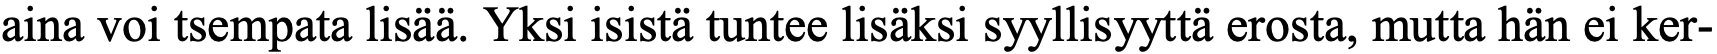
aina voi tsempata lisää. Yksi isistä tuntee lisäksi syyllisyyttä erosta, mutta hän ei ker-